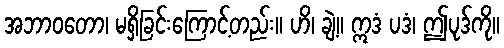
အဘာဝတော၊ မရှိခြင်းကြောင့်တည်း။ ဟိ၊ ချဲ့။ ဣဒံ ပဒံ၊ ဤပုဒ်ကို။